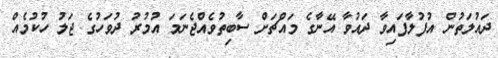
ދައުލަތުން އުފުލާފައިވާ ދައުވާ އޭނާގެ މައްޗަށް ސާބިތުވެއްޖެނަމަ އުމުރު ދުވަހުގެ ޖަލު ހުކުމެއް